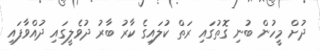
ދުށް މީހުން ބުނި ގޮތުގައި ރަތް ކުލައިގެ ކާރު ބާރު ދުވެލީގައި ދުއްވާފައި